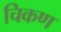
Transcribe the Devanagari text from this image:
चिकण